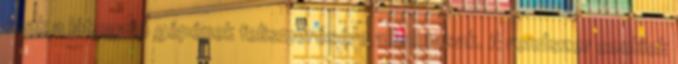
csak a látogató gépének felismerésére alkalmasak. A rendszer cookiek